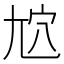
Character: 𡯜